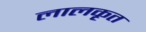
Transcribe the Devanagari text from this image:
लालकृत